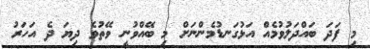
މި ފަދަ ބައްދަލުވުމެއް އަޅުގަނޑުމެންނަށް މި ބޭއްވުނީ ވޭތުވެ ދިޔަ ދެ އަހަރު